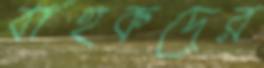
বাহকদের